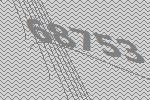
68753